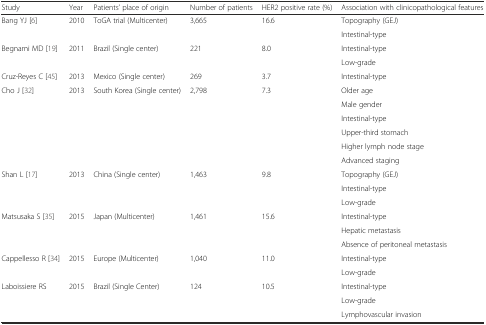
<table><thead><tr><td><b>Study</b></td><td><b>Year</b></td><td><b>Patients’ place of origin</b></td><td><b>Number of patients</b></td><td><b>HER2 positive rate (%)</b></td><td><b>Association with clinicopathological features</b></td></tr></thead><tbody><tr><td rowspan="2">Bang YJ [6]</td><td rowspan="2">2010</td><td rowspan="2">ToGA trial (Multicenter)</td><td rowspan="2">3,665</td><td rowspan="2">16.6</td><td>Topography (GEJ)</td></tr><tr><td>Intestinal-type</td></tr><tr><td rowspan="2">Begnami MD [19]</td><td rowspan="2">2011</td><td rowspan="2">Brazil (Single center)</td><td rowspan="2">221</td><td rowspan="2">8.0</td><td>Intestinal-type</td></tr><tr><td>Low-grade</td></tr><tr><td>Cruz-Reyes C [45]</td><td>2013</td><td>Mexico (Single center)</td><td>269</td><td>3.7</td><td>Intestinal-type</td></tr><tr><td rowspan="6">Cho J [32]</td><td rowspan="6">2013</td><td rowspan="6">South Korea (Single center)</td><td rowspan="6">2,798</td><td rowspan="6">7.3</td><td>Older age</td></tr><tr><td>Male gender</td></tr><tr><td>Intestinal-type</td></tr><tr><td>Upper-third stomach</td></tr><tr><td>Higher lymph node stage</td></tr><tr><td>Advanced staging</td></tr><tr><td rowspan="3">Shan L [17]</td><td rowspan="3">2013</td><td rowspan="3">China (Single center)</td><td rowspan="3">1,463</td><td rowspan="3">9.8</td><td>Topography (GEJ)</td></tr><tr><td>Intestinal-type</td></tr><tr><td>Low-grade</td></tr><tr><td rowspan="3">Matsusaka S [35]</td><td rowspan="3">2015</td><td rowspan="3">Japan (Multicenter)</td><td rowspan="3">1,461</td><td rowspan="3">15.6</td><td>Intestinal-type</td></tr><tr><td>Hepatic metastasis</td></tr><tr><td>Absence of peritoneal metastasis</td></tr><tr><td rowspan="2">Cappellesso R [34]</td><td rowspan="2">2015</td><td rowspan="2">Europe (Multicenter)</td><td rowspan="2">1,040</td><td rowspan="2">11.0</td><td>Intestinal-type</td></tr><tr><td>Low-grade</td></tr><tr><td rowspan="3">Laboissiere RS</td><td rowspan="3">2015</td><td rowspan="3">Brazil (Single Center)</td><td rowspan="3">124</td><td rowspan="3">10.5</td><td>Intestinal-type</td></tr><tr><td>Low-grade</td></tr><tr><td>Lymphovascular invasion</td></tr></tbody></table>